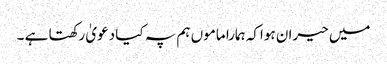
میں حیران ہواکہ ہمارا ماموں ہم پہ کیا دعویٰ رکھتا ہے ۔